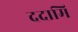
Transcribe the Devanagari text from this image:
ददामि